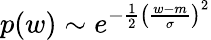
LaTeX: p(w)\sim e^{-\frac{1}{2}\left(\frac{w-m}{\sigma}\right)^{2}}